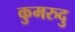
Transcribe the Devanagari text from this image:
कुमरुदु